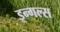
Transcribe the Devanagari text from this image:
इन्गल्स